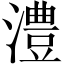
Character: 澧